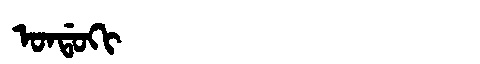
Manchu: ᠣᠨᡩᠣᡴᡳ
Romanization: ONDOKI